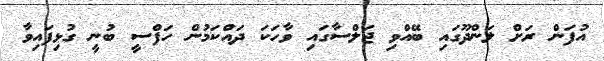
އުފަން ރަށް ލަންދޫގައި ބޭއްވި ޖަލްސާގައި ވާހަކަ ދައްކަމުން ހަފްސީ ބުނީ ގުޅިފައިވާ